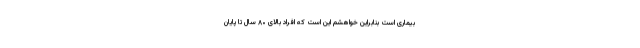
بیماری است بنابراین خواهشم این است که افراد بالای ۸۰ سال تا پایان